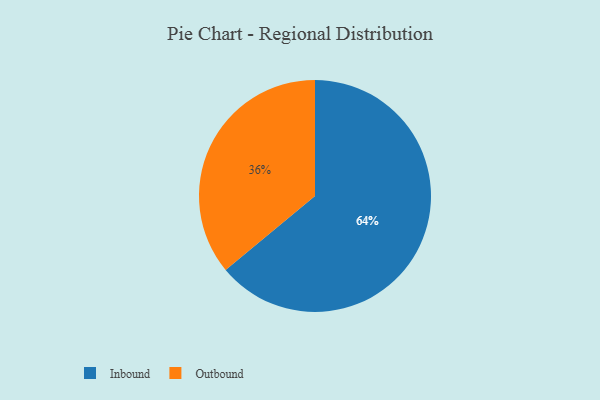
{"axis": {"x": "Category", "y": "Percentage"}, "legend": ["Inbound", "Outbound"], "data": [{"x": "Inbound", "y": 64, "type": "Inbound"}, {"x": "Outbound", "y": 36, "type": "Outbound"}]}